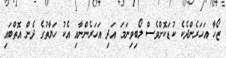
ޒޯހާ އަހަރެންދެކެ ކުޑަކޮށްވެސް ލޯބިވިނަމަ އަދި އަހަރެންނާއި އެކު ހަޔާތުގެ ދެން އޮތްބައި